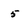
Character: 5